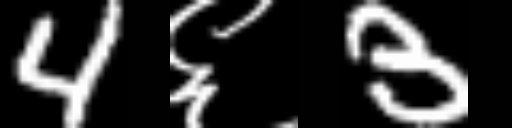
Text: 4६3